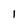
Character: 1